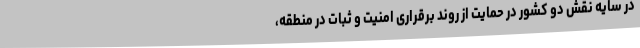
در سایه نقش دو کشور در حمایت از روند برقراری امنیت و ثبات در منطقه،